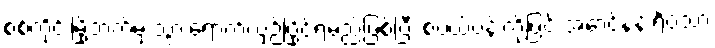
စစ်ကိုင်းမြို့ဘက်မှ သွားရောက်ယှဉ်ပြိုင်ရမည်ဖြစ်ပြီး စံပယ်ပန်းတို့ဖြင့် အောင်နန်းရိပ်သာ